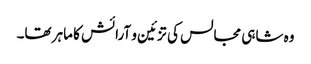
وہ شاہی مجالس کی تزئین و آرائش کا ماہر تھا۔